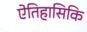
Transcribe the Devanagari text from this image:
ऐतिहासिकि